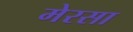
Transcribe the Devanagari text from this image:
मेरसा